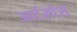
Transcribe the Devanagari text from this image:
आर्टस्पेस